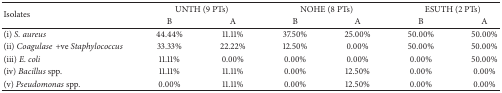
<table><thead><tr><td rowspan="2"><b>Isolates</b></td><td colspan="2"><b>UNTH (9 PTs)</b></td><td colspan="2"><b>NOHE (8 PTs)</b></td><td colspan="2"><b>ESUTH (2 PTs)</b></td></tr><tr><td><b>B</b></td><td><b>A</b></td><td><b>B</b></td><td><b>A</b></td><td><b>B</b></td><td><b>A</b></td></tr></thead><tbody><tr><td>(i) <i>S. aureus</i></td><td>44.44%</td><td>11.11%</td><td>37.50%</td><td>25.00%</td><td>50.00%</td><td>50.00%</td></tr><tr><td>(ii) <i>Coagulase</i>+ve<i> Staphylococcus</i></td><td>33.33%</td><td>22.22%</td><td>12.50%</td><td>0.00%</td><td>50.00%</td><td>50.00%</td></tr><tr><td>(iii) <i>E. coli</i></td><td>11.11%</td><td>0.00%</td><td>0.00%</td><td>0.00%</td><td>0.00%</td><td>50.00%</td></tr><tr><td>(iv) <i>Bacillus </i>spp.</td><td>11.11%</td><td>11.11%</td><td>0.00%</td><td>12.50%</td><td>0.00%</td><td>0.00%</td></tr><tr><td>(v) <i>Pseudomonas </i>spp.</td><td>0.00%</td><td>11.11%</td><td>0.00%</td><td>12.50%</td><td>0.00%</td><td>0.00%</td></tr></tbody></table>